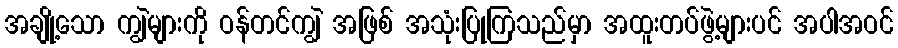
အချို့သော ကျွဲများကို ဝန်တင်ကျွဲ အဖြစ် အသုံးပြုကြသည်မှာ အထူးတပ်ဖွဲ့များပင် အပါအဝင်